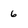
Character: 6